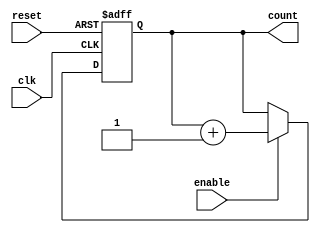
`timescale 1ns/1ps

// No auto creation of nets
//`default_nettype none

module sync_counter_negedge(
        reset,
		clk,
		enable,
        count
    );

    //-----------------------------------------------------------------------------------
    //  Parameters
    //-----------------------------------------------------------------------------------
    parameter Width =           10;
	localparam DummyBits = 		Width-1;
    //-----------------------------------------------------------------------------------
    
    //-----------------------------------------------------------------------------------
    //  I/O
    //-----------------------------------------------------------------------------------
    input wire                  clk;
    input wire                  reset;
	input wire					enable;
    output reg  [Width-1:0]     count;
    //-----------------------------------------------------------------------------------

    //-----------------------------------------------------------------------------------
    //  Synchronous Counter
    //-----------------------------------------------------------------------------------
    // First bit of the asychronous counter
    always @(negedge clk or posedge reset) begin
        if (reset) begin
			count[Width-1:0] <= {Width{1'b0}};
		end else if (enable) begin
			count[Width-1:0] <= count[Width-1:0] + { {DummyBits{1'b0}}, 1'b1};
		end
	end
    //-----------------------------------------------------------------------------------

endmodule